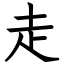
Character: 走